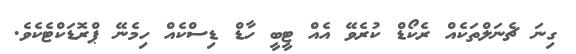
ގިނަ ޗެނަލްތަކެއް ރެކޯޑް ކުރެވޭ އެއް ޓީބީ ހާޑް ޑިސްކެއް ހިމެނޭ ޕްރޮޑަކްޓެކެވެ.